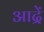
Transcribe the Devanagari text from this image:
आद्रें